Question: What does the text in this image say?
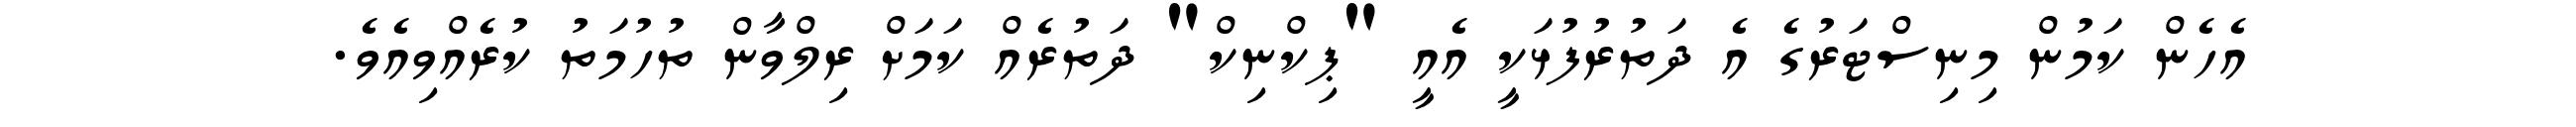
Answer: އެހެން ކަމުން މިނިސްޓަރުގެ އެ ދަތުރުފުޅަކީ އެއީ "ޕިކްނިކް" ދަތުރެއް ކަމަށް ރިލްވާން ތުހުމަތު ކުރެއްވިއެވެ.